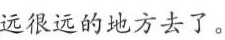
远很远的地方去了。